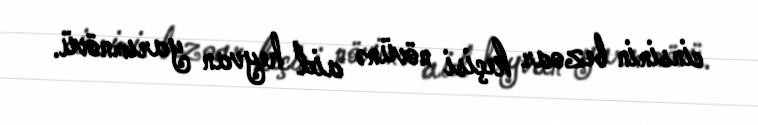
cinsinin bezoar keçisi növünə aid heyvan yarımnövü.